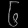
Digit: ၆